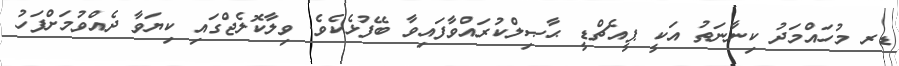
ޑރ މުހައްމަދު ކިނާނަތު އަކީ ޕީއެޗްޑީ ޙާޞިލްކުރައްވާފައިވާ ބޭފުޅެކެވެ. ވިލާކޮލެޖްގައި ކިޔަވާ ދެއްވުމަށްފަހު